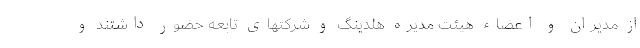
از مدیران و اعضاء هیئت مدیره هلدینگ و شرکتهای تابعه حضور داشتند و